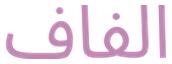
الفاف